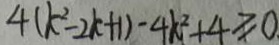
4 ( k ^ { 2 } - 2 k + 1 ) - 4 k ^ { 2 } + 4 \geq 0 .